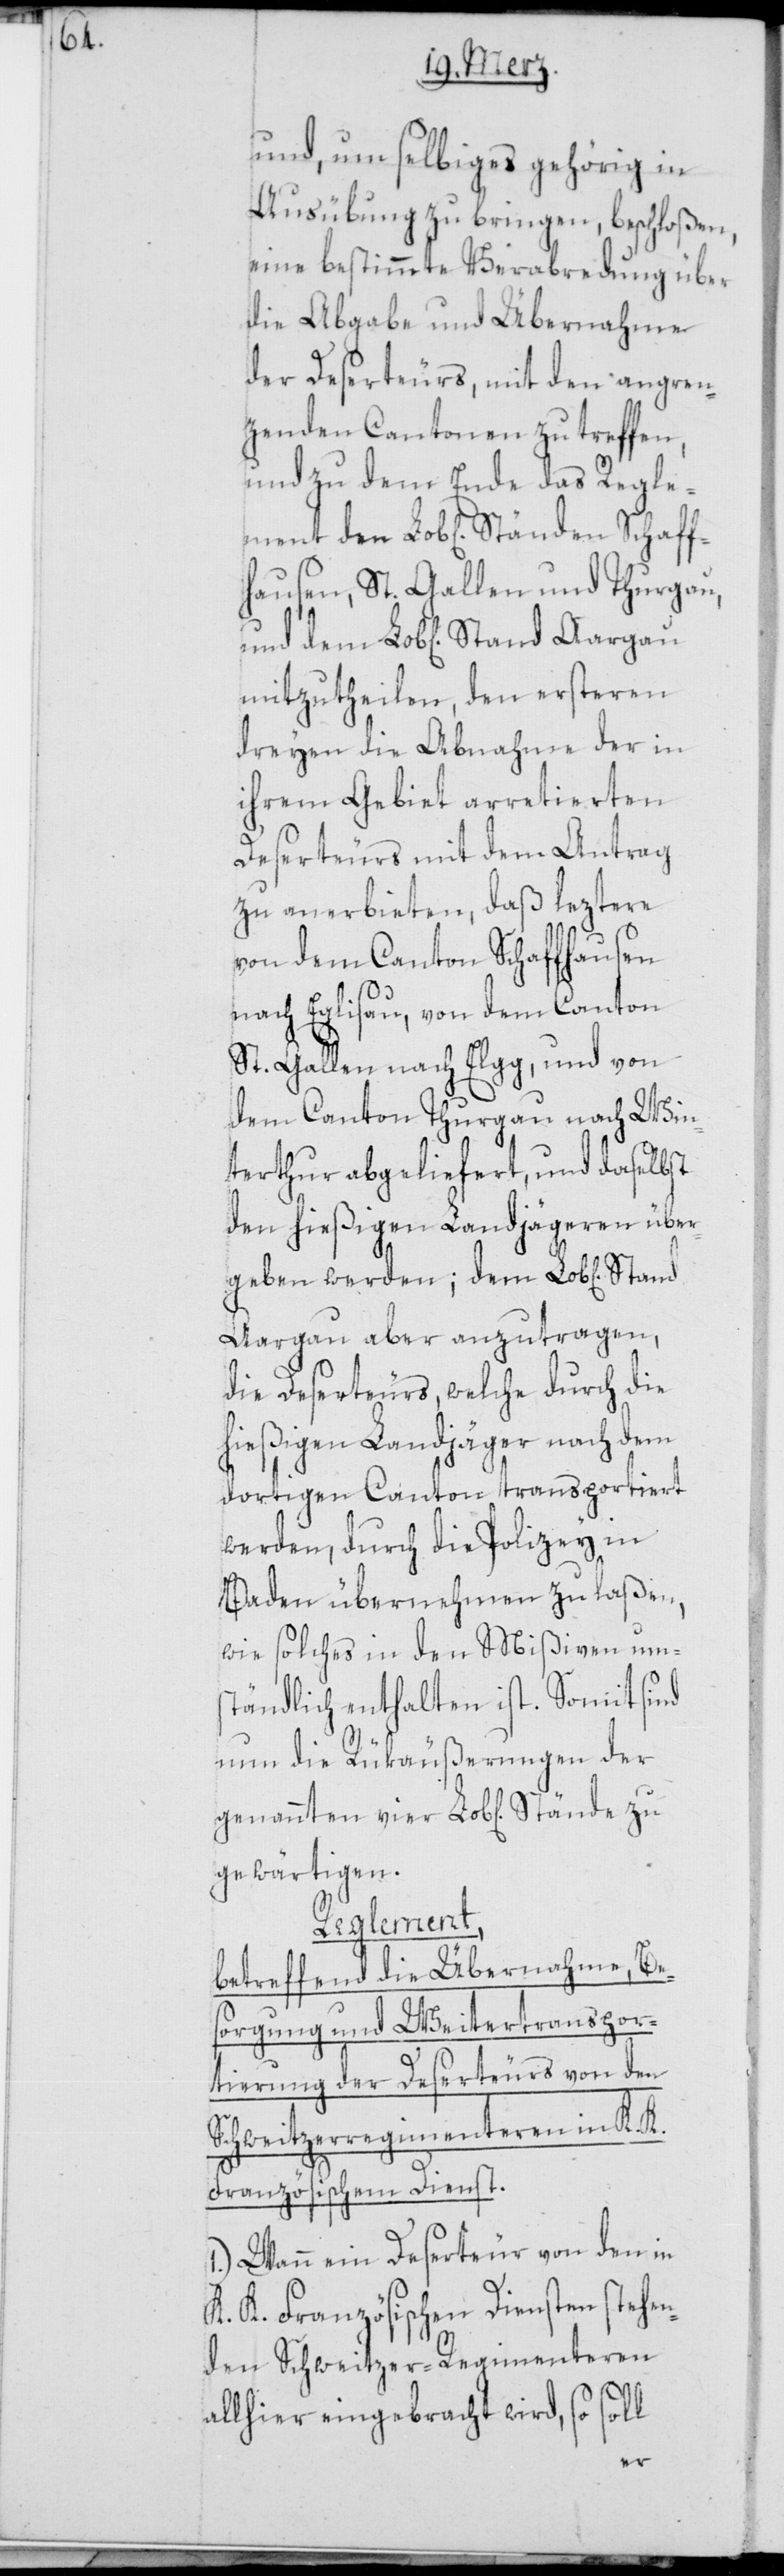
und, um selbiges gehörig in
Ausübung zu bringen, beschloßen,
eine bestimmte Verabredung über
die Abgabe und Übernahme
der Deserteurs, mit den angren¬
zenden Cantonen zu treffen,
und zu dem Ende das Regle¬
fhausen, St. Gallen und Thurgau,
mitzutheilen, den ersteren
dreyen die Abnahme der in
ihrem Gebiet arretierten
Deserteurs mit dem Antrag
zu anerbieten, daß leztere
von dem Canton Schaffhausen
nach Eglisau, von dem Canton
St. Gallen nach Elgg, und von
dem Canton Thurgau nach Win¬
terthur abgeliefert, und daselbst
den hießigen Landjägeren über¬
geben werden; dem Lob[lichen]
Aargau aber anzutragen,
die Deserteurs, welche durch die
hießigen Landjäger nach dem
dortigen Canton transportiert
werden, durch die Polizey in
Baden übernehmen zu laßen,
wie solches in den Mißiven um¬
ständlich enthalten ist. Somit sind
nun die Rükäußerungen der
gewärtigen.
Reglement,
betreffend die Übernahme, Be¬
sorgung und weiter Transpor¬
tierung der Deserteurs von den
Schweitzerregimenteren in K. K.
Französischem Dienst.
1.) Wann ein Deserteur von den in
K. K. Französischen Diensten stehen¬
den Schweitzer-Regimenteren
allhier eingebracht wird, so soll